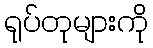
ရုပ်တုများကို